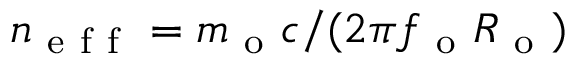
n _ { \mathrm { ~ e ~ f ~ f ~ } } = m _ { \mathrm { ~ o ~ } } c / ( 2 \pi f _ { \mathrm { ~ o ~ } } R _ { \mathrm { ~ o ~ } } )